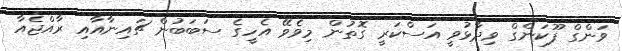
ވަންގް ފޫކަންގް ވިދާޅުވީ އަސްކަރީ ގޮތުން މިވެވޭ އެހީގެ ސަބަބުން ޗައިނާއާއި ރާއްޖެއާ